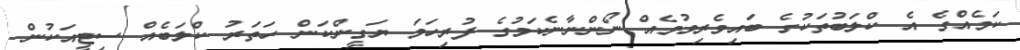
ކަމެއްގެ އެ ކްލަބުތަކުގެ ބައިވެރިވުމެއް ނޯންނާނެކަމުގެ ފުރިހަމަ ޔަގީންކަން ހަތަރު ކްލަބެއް ސިޓީއަކުން